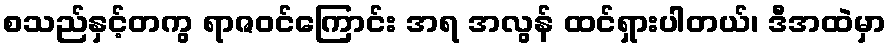
စသည်နှင့်တကွ ရာဇဝင်ကြောင်း အရ အလွန် ထင်ရှားပါတယ်၊ ဒီအထဲမှာ